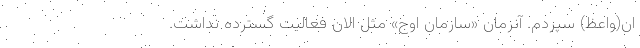
ان(واعظ) سپردم. آنزمان «سازمان اوج» مثل الان فعالیت گسترده نداشت.